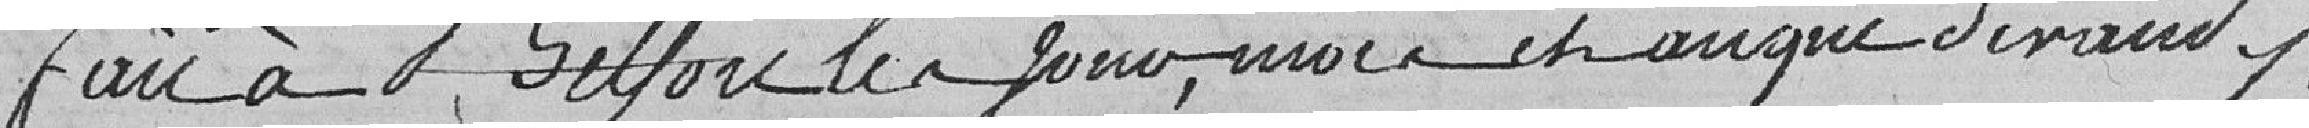
Fait à Belfort les jour, mois et an que devant.